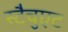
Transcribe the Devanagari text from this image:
स्टैचुएट